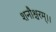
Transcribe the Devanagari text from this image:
शनौश्चरम्।।